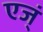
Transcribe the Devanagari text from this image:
एज्ं